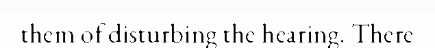
them of disturbing the hearing. There